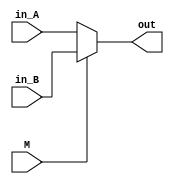
//32
//inputM(01)
//       in_A(0)
//       in_B(1)
//output:out()

module MUX(
    input M,
    input [31:0] in_A,
    input [31:0] in_B,
    output [31:0] out
);

    assign out=M?in_B:in_A;
endmodule